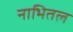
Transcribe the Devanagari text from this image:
नाभितल